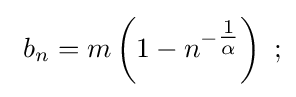
\ b_{n}=m\left(1-n^{-{\tfrac {1}{\alpha }}}\right)\ ;